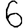
Digit: 6